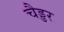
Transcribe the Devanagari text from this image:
चैड्डर